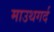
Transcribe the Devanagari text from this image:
माउथगर्द